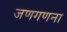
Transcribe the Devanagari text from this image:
जणगणना